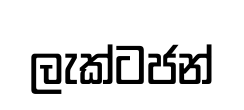
ලැක්ටජන්